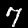
Digit: 7